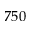
7 5 0